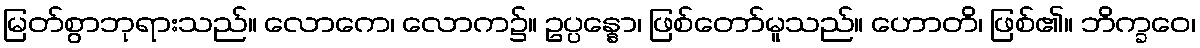
မြတ်စွာဘုရားသည်။ လောကေ၊ လောက၌။ ဥပ္ပန္နော၊ ဖြစ်တော်မူသည်။ ဟောတိ၊ ဖြစ်၏။ ဘိက္ခဝေ၊